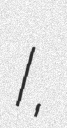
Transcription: I,